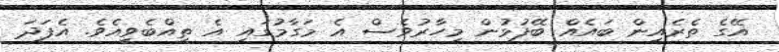
އޭގެ ތެރެއިން ބައެއް ބޭފުޅުން މިހާރުވެސް އެ މަގާމުގައި އެ ތިއްބެވީއެވެ. އެފަދަ